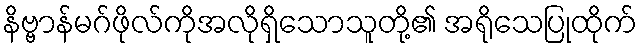
နိဗ္ဗာန်မဂ်ဖိုလ်ကိုအလိုရှိသောသူတို့၏ အရိုသေပြုထိုက်